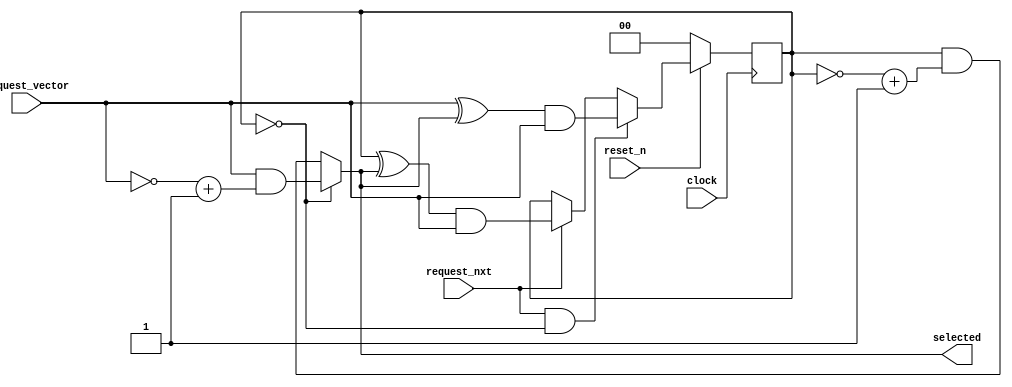
module thymesisflow_rr_arbiter
 #(parameter SIZE = 2) (

    input              clock                   // Clock - samples & launches data on rising edge
  , input              reset_n                //  Active Low

  // fifo_in AXI-STREAM 
   , input  [SIZE-1:0]  request_vector
   , input              request_nxt
   , output [SIZE-1:0]  selected

);

reg [SIZE-1:0] masked_req_vector;//snapshot of the request input.


//masked req vector
always @(posedge(clock))
begin
  if (reset_n == 1'b0) //Reset active 
     begin
       masked_req_vector <= 2'b0;
     end
  else if ((request_nxt == 1'b1) && (masked_req_vector == 2'b0)) //active
     begin
       masked_req_vector <= (request_vector ^ selected) & request_vector;  //empty mask means no history or rollover - so we just remove previous selection.
     end
  else if ((request_nxt == 1'b1))
     begin
       masked_req_vector <= (masked_req_vector ^ selected) & request_vector; //
     end
end

//Combinational to return selection immediately
assign selected = (masked_req_vector == 2'b0) ? request_vector & (~request_vector + 1) : masked_req_vector & (~masked_req_vector + 1); 

endmodule